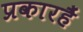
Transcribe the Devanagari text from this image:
प्रकारहैं